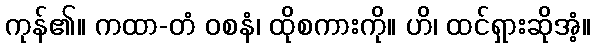
ကုန်၏။ ကထာ-တံ ဝစနံ၊ ထိုစကားကို။ ဟိ၊ ထင်ရှားဆိုအံ့။